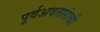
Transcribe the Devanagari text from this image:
पूर्वअवतारांची